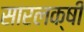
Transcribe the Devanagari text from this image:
सारलक्षी